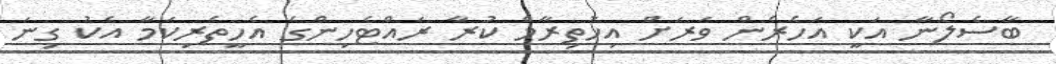
ބާސެލޯނާ އަކީ އަހެރެން ވަރަށް އިހުތިރާމް ކުރާ ރައްޓެހިންގެ އެހީތެރިކަމާ އެކު ގިނަ